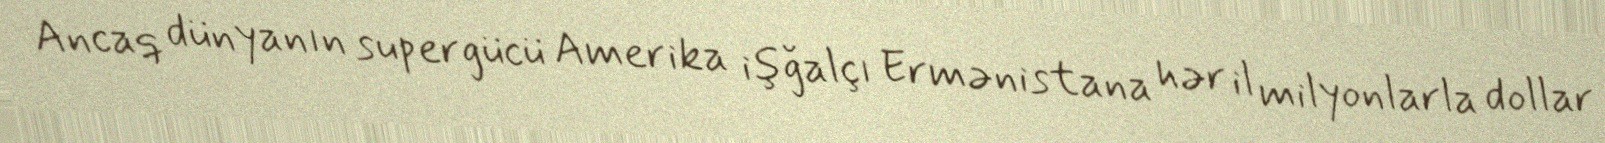
Ancaq dünyanın supergücü Amerika işğalçı Ermənistana hər il milyonlarla dollar